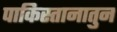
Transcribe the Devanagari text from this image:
पाकिस्तानातुन